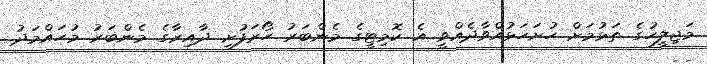
މަޖިލީހުގެ ތަޅުމަށް ހުށަހަޅުއްވާދެއްވީ އެ ކޮމިޓީގެ މެންބަރު ހޯރަފުށި ދާއިރާގެ މެންބަރު މުޙައްމަދު